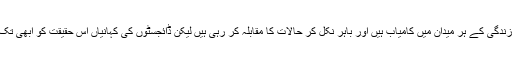
ہماری خواتین ماشاء اللہ زندگی کے ہر میدان میں کامیاب ہیں اور باہر نکل کر حالات کا مقابلہ کر رہی ہیں لیکن ڈائجسٹوں کی کہانیاں اس حقیقت کو ابھی تک اپنا حصہ نہیں بنا سکیں۔